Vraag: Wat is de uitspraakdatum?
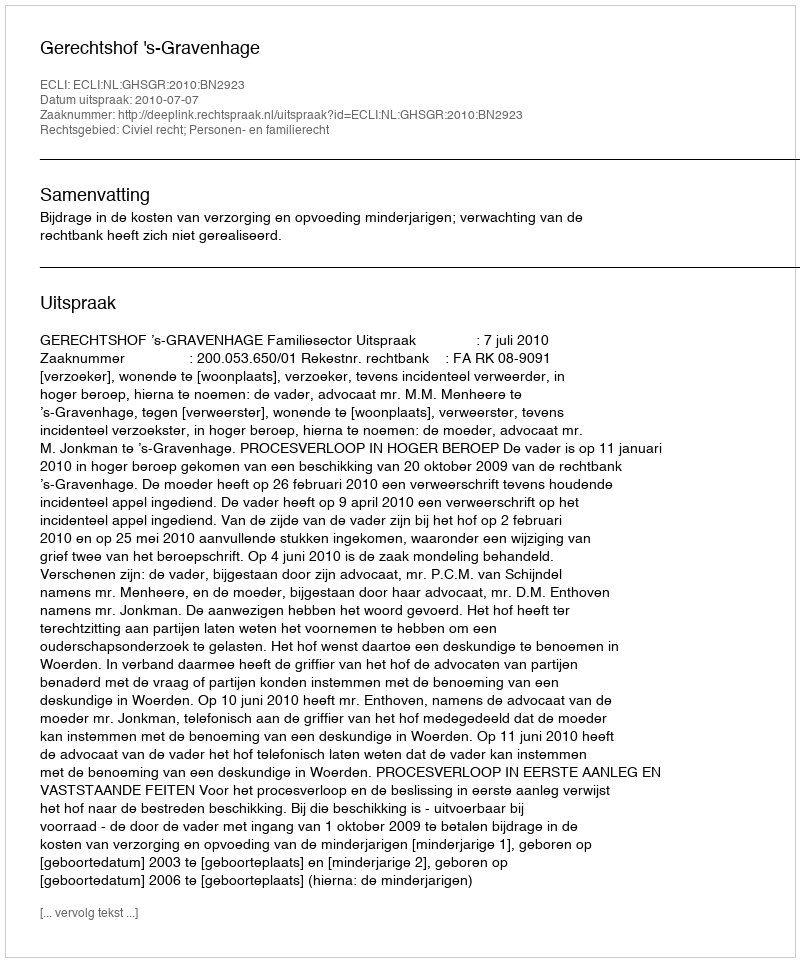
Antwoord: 2010-07-07